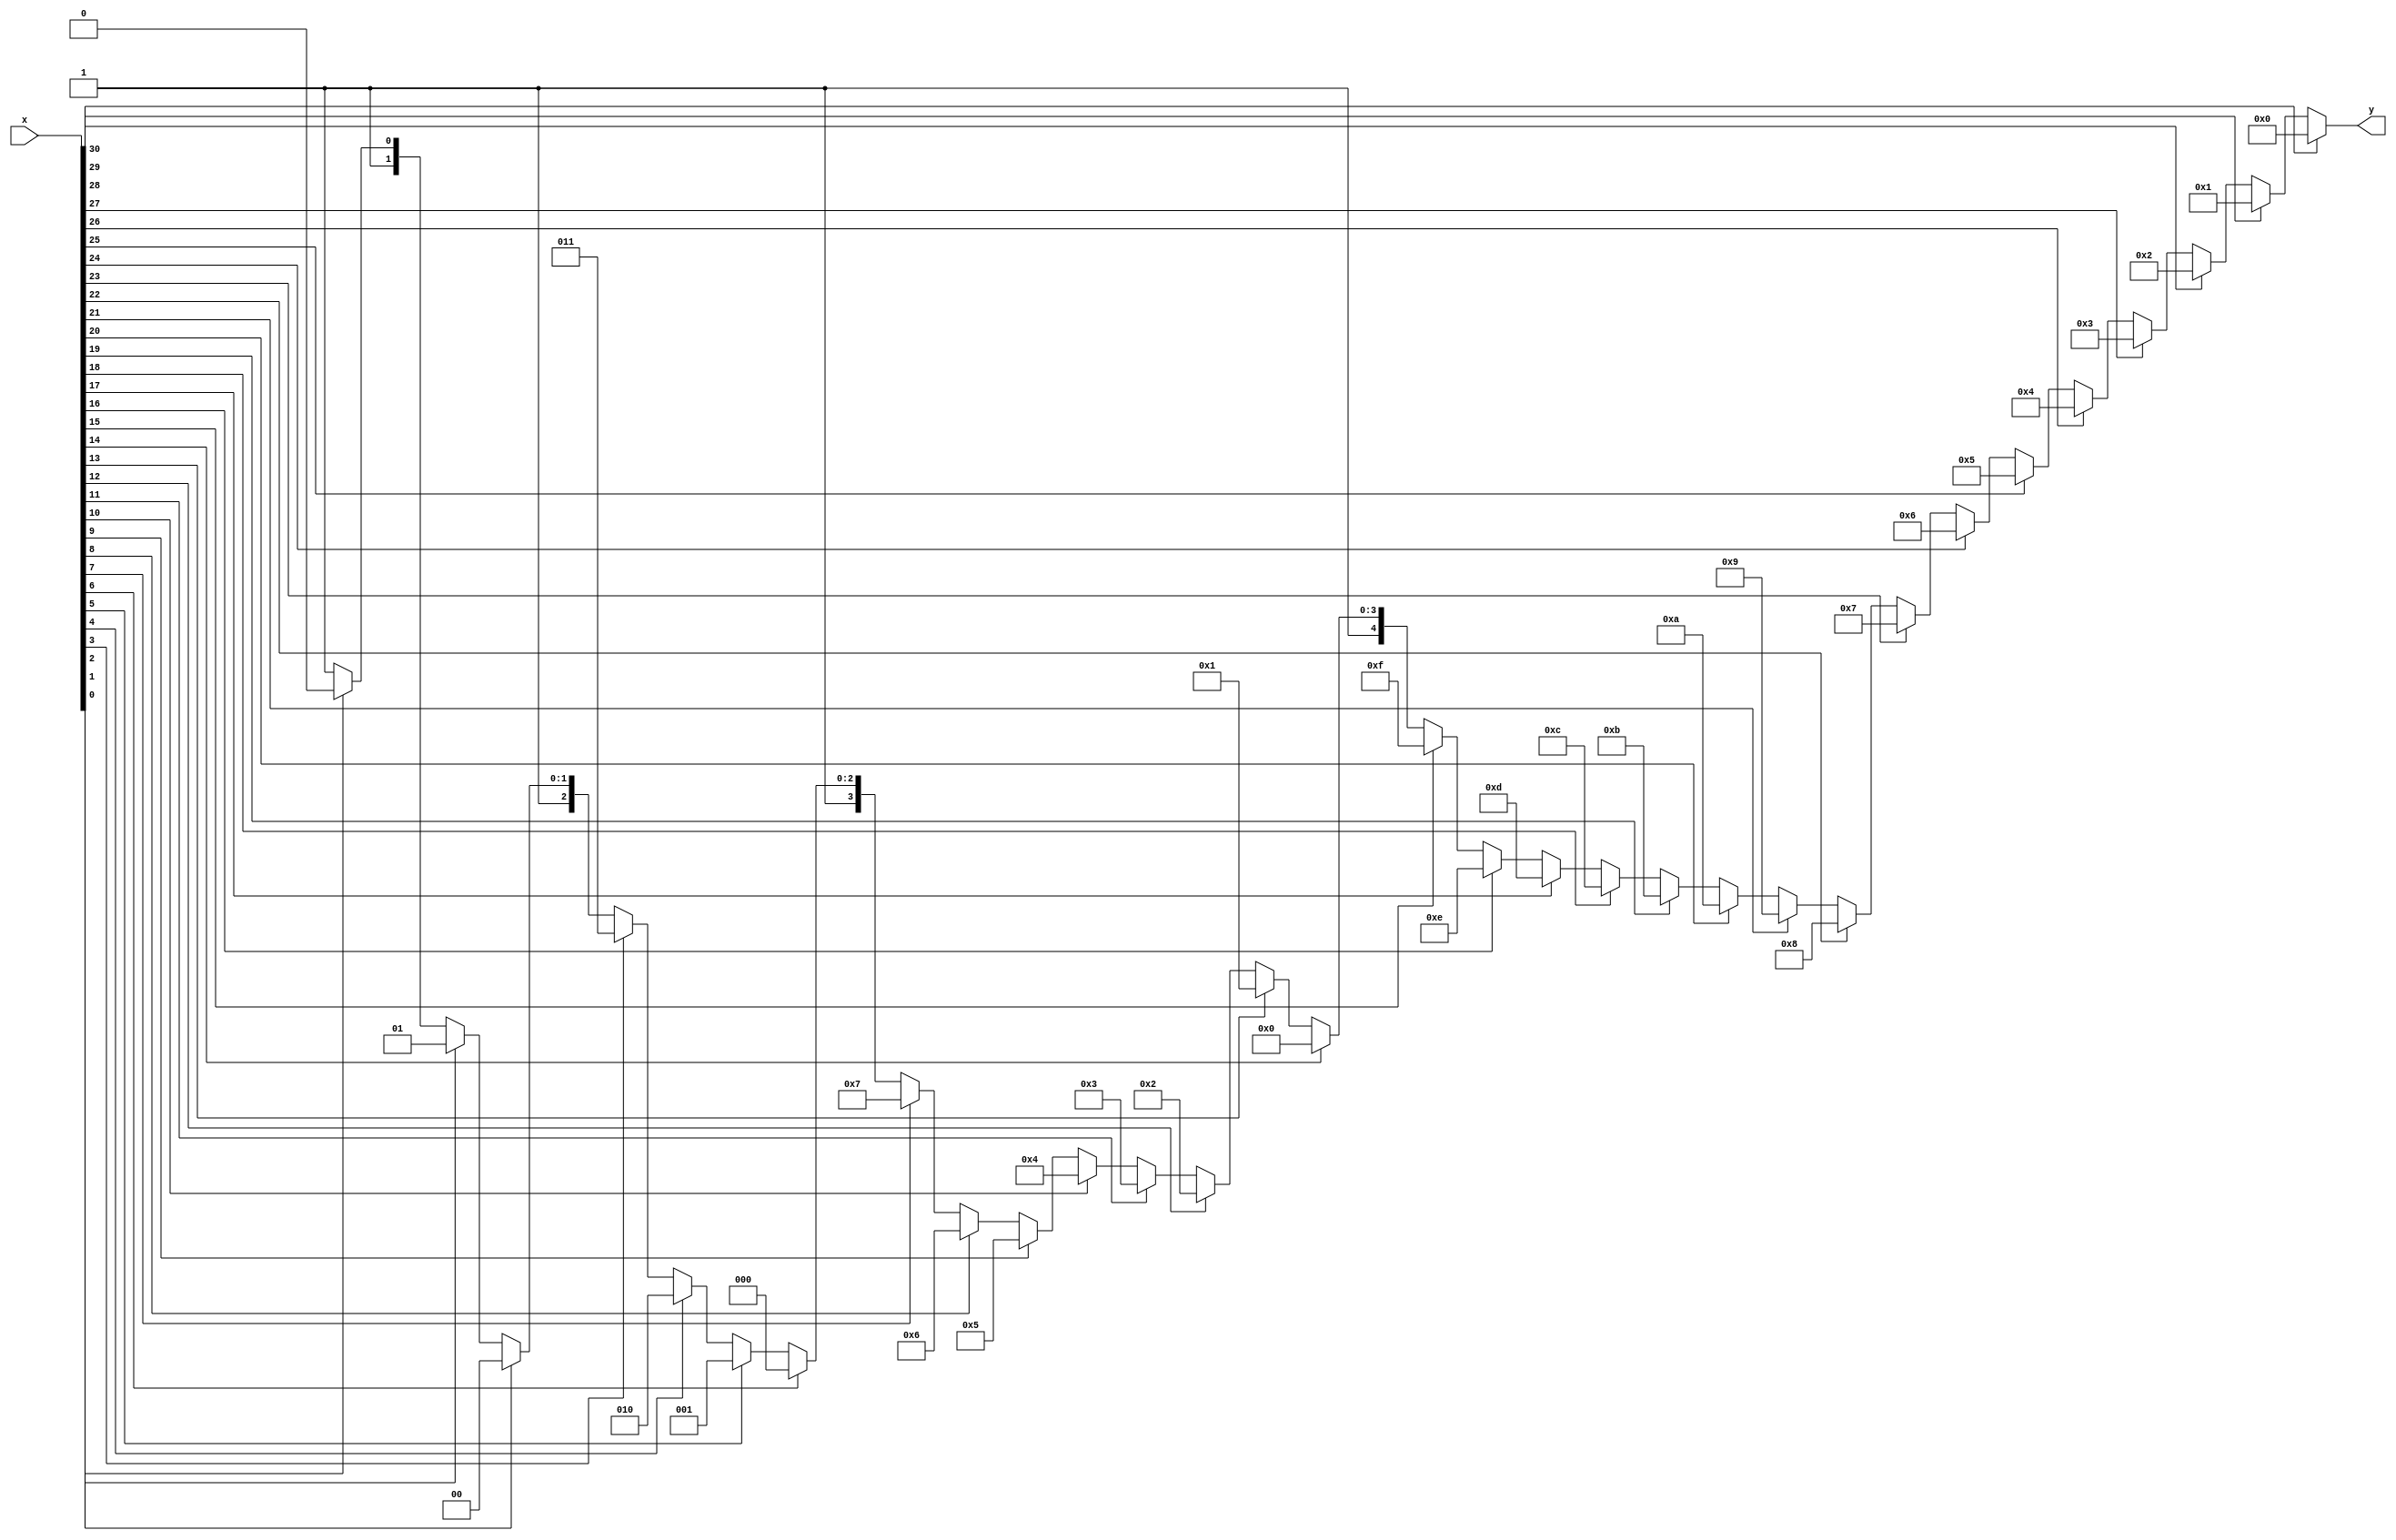
`timescale 1ns / 100ps
`default_nettype none
//////////////////////////////////////////////////////////////////////////////////
// Company: 
// 
// Design Name: 
// Module Name: itof, leadingZeroCounter(it is not same as one for fadd, fsub)
// Project Name: C&P
// Target Devices: 
// Tool Versions: 
// Description: 
// 
// Dependencies: 
// 
// Revision:
// Revision 0.01 - File Created
// Additional Comments:
// 
//////////////////////////////////////////////////////////////////////////////////
module leadingZeroCounter_itof(
    input wire [30:0] x,
    output wire [4:0] y
    );
    assign y = 
    x[30] ? 0 :
    x[29] ? 1 :
    x[28] ? 2 :
    x[27] ? 3 :
    x[26] ? 4 :
    x[25] ? 5 :
    x[24] ? 6 :
    x[23] ? 7 :
    x[22] ? 8 :
    x[21] ? 9 :
    x[20] ? 10 :
    x[19] ? 11 :
    x[18] ? 12 :
    x[17] ? 13 :
    x[16] ? 14 :
    x[15] ? 15 :
    x[14] ? 16 :
    x[13] ? 17 :
    x[12] ? 18 :
    x[11] ? 19 :
    x[10] ? 20 :
    x[9] ? 21 :
    x[8] ? 22 :
    x[7] ? 23 :
    x[6] ? 24 :
    x[5] ? 25 :
    x[4] ? 26 :
    x[3] ? 27 :
    x[2] ? 28 :
    x[1] ? 29 :
    x[0] ? 30 : 31;
endmodule

module itof_200(
    input wire clk,
    input wire [31:0] a,
    output wire [31:0] b
    );
    wire [4:0] k;
    //wire s = a[31];
    wire [31:0] a_p = a[31] ? ~a + 1 : a;
    wire [30:0] y = a_p[30:0]; 
    leadingZeroCounter_itof u1(y, k);
    //wire [4:0] shift = k > 6 ? k - 7 : 6 - k; 
    
    reg [4:0] shift;
    reg [30:0] y1;
    reg s;
    reg [4:0] k1;
    always @(posedge clk) begin
        shift <=  k > 6 ? k - 7 : 6 - k; 
        y1 <= y;
        s <= a[31];
        k1 <= k;
    end
    
    
    wire [35:0] m0s = y1 << shift;
    wire [22:0] m0 = m0s[22:0];
    wire [7:0] e0 = 8'd157 - {3'b0, k1};
    wire [30:0] m1s = y1 >> shift;
    wire [23:0] m1 = m1s[23:0];
    wire guard = m1[0];
    wire [23:0] m2 = (m1 >> 1) + guard;
    wire [7:0] e = k1 > 6 ? e0 : m2[23] ? e0 + 1 : e0;
    wire [22:0] m = k1 > 6 ? m0 : m2[22:0];
    assign b = (a == 32'b0) ? 32'b0 : (a == 32'h80000000) ? 32'hcf000000 : {s, e, m};
endmodule
`default_nettype wire